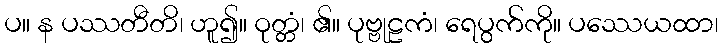
ပ။ န ပဿတီတိ၊ ဟူ၍။ ဝုတ္တံ၊ ၏။ ပုဗ္ဗုဠကံ၊ ရေပွက်ကို။ ပဿေယထာ၊